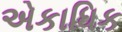
એકાધિક